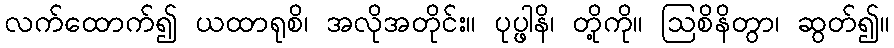
လက်ထောက်၍ ယထာရုစိ၊ အလိုအတိုင်း။ ပုပ္ဖါနိ၊ တို့ကို။ ဩစိနိတွာ၊ ဆွတ်၍။